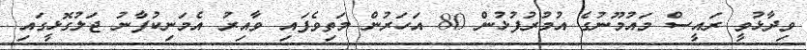
ވިދާޅުވީ ރައީސް މައުމޫނުގެ އުމުރުފުޅުން 80 އަހަރުން މަތިވެފައި ވާއިރު އެމަނިކުފާނު ޖަލުގޮޅީގައި